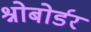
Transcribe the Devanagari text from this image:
श्नोबोर्डर